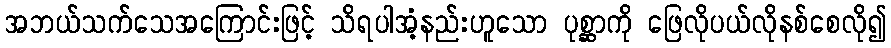
အဘယ်သက်သေအကြောင်းဖြင့် သိရပါအံ့နည်းဟူသော ပုစ္ဆာကို ဖြေလိုပယ်လိုနစ်စေလို၍